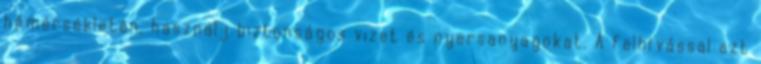
hőmérsékleten, használj biztonságos vizet és nyersanyagokat. A felhívással azt